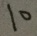
1 0